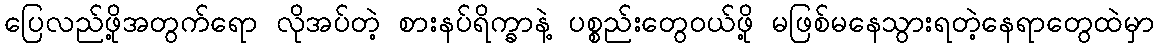
ပြေလည်ဖို့အတွက်ရော လိုအပ်တဲ့ စားနပ်ရိက္ခာနဲ့ ပစ္စည်းတွေဝယ်ဖို့ မဖြစ်မနေသွားရတဲ့နေရာတွေထဲမှာ